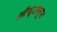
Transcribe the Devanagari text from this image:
ऑफ्टरनून